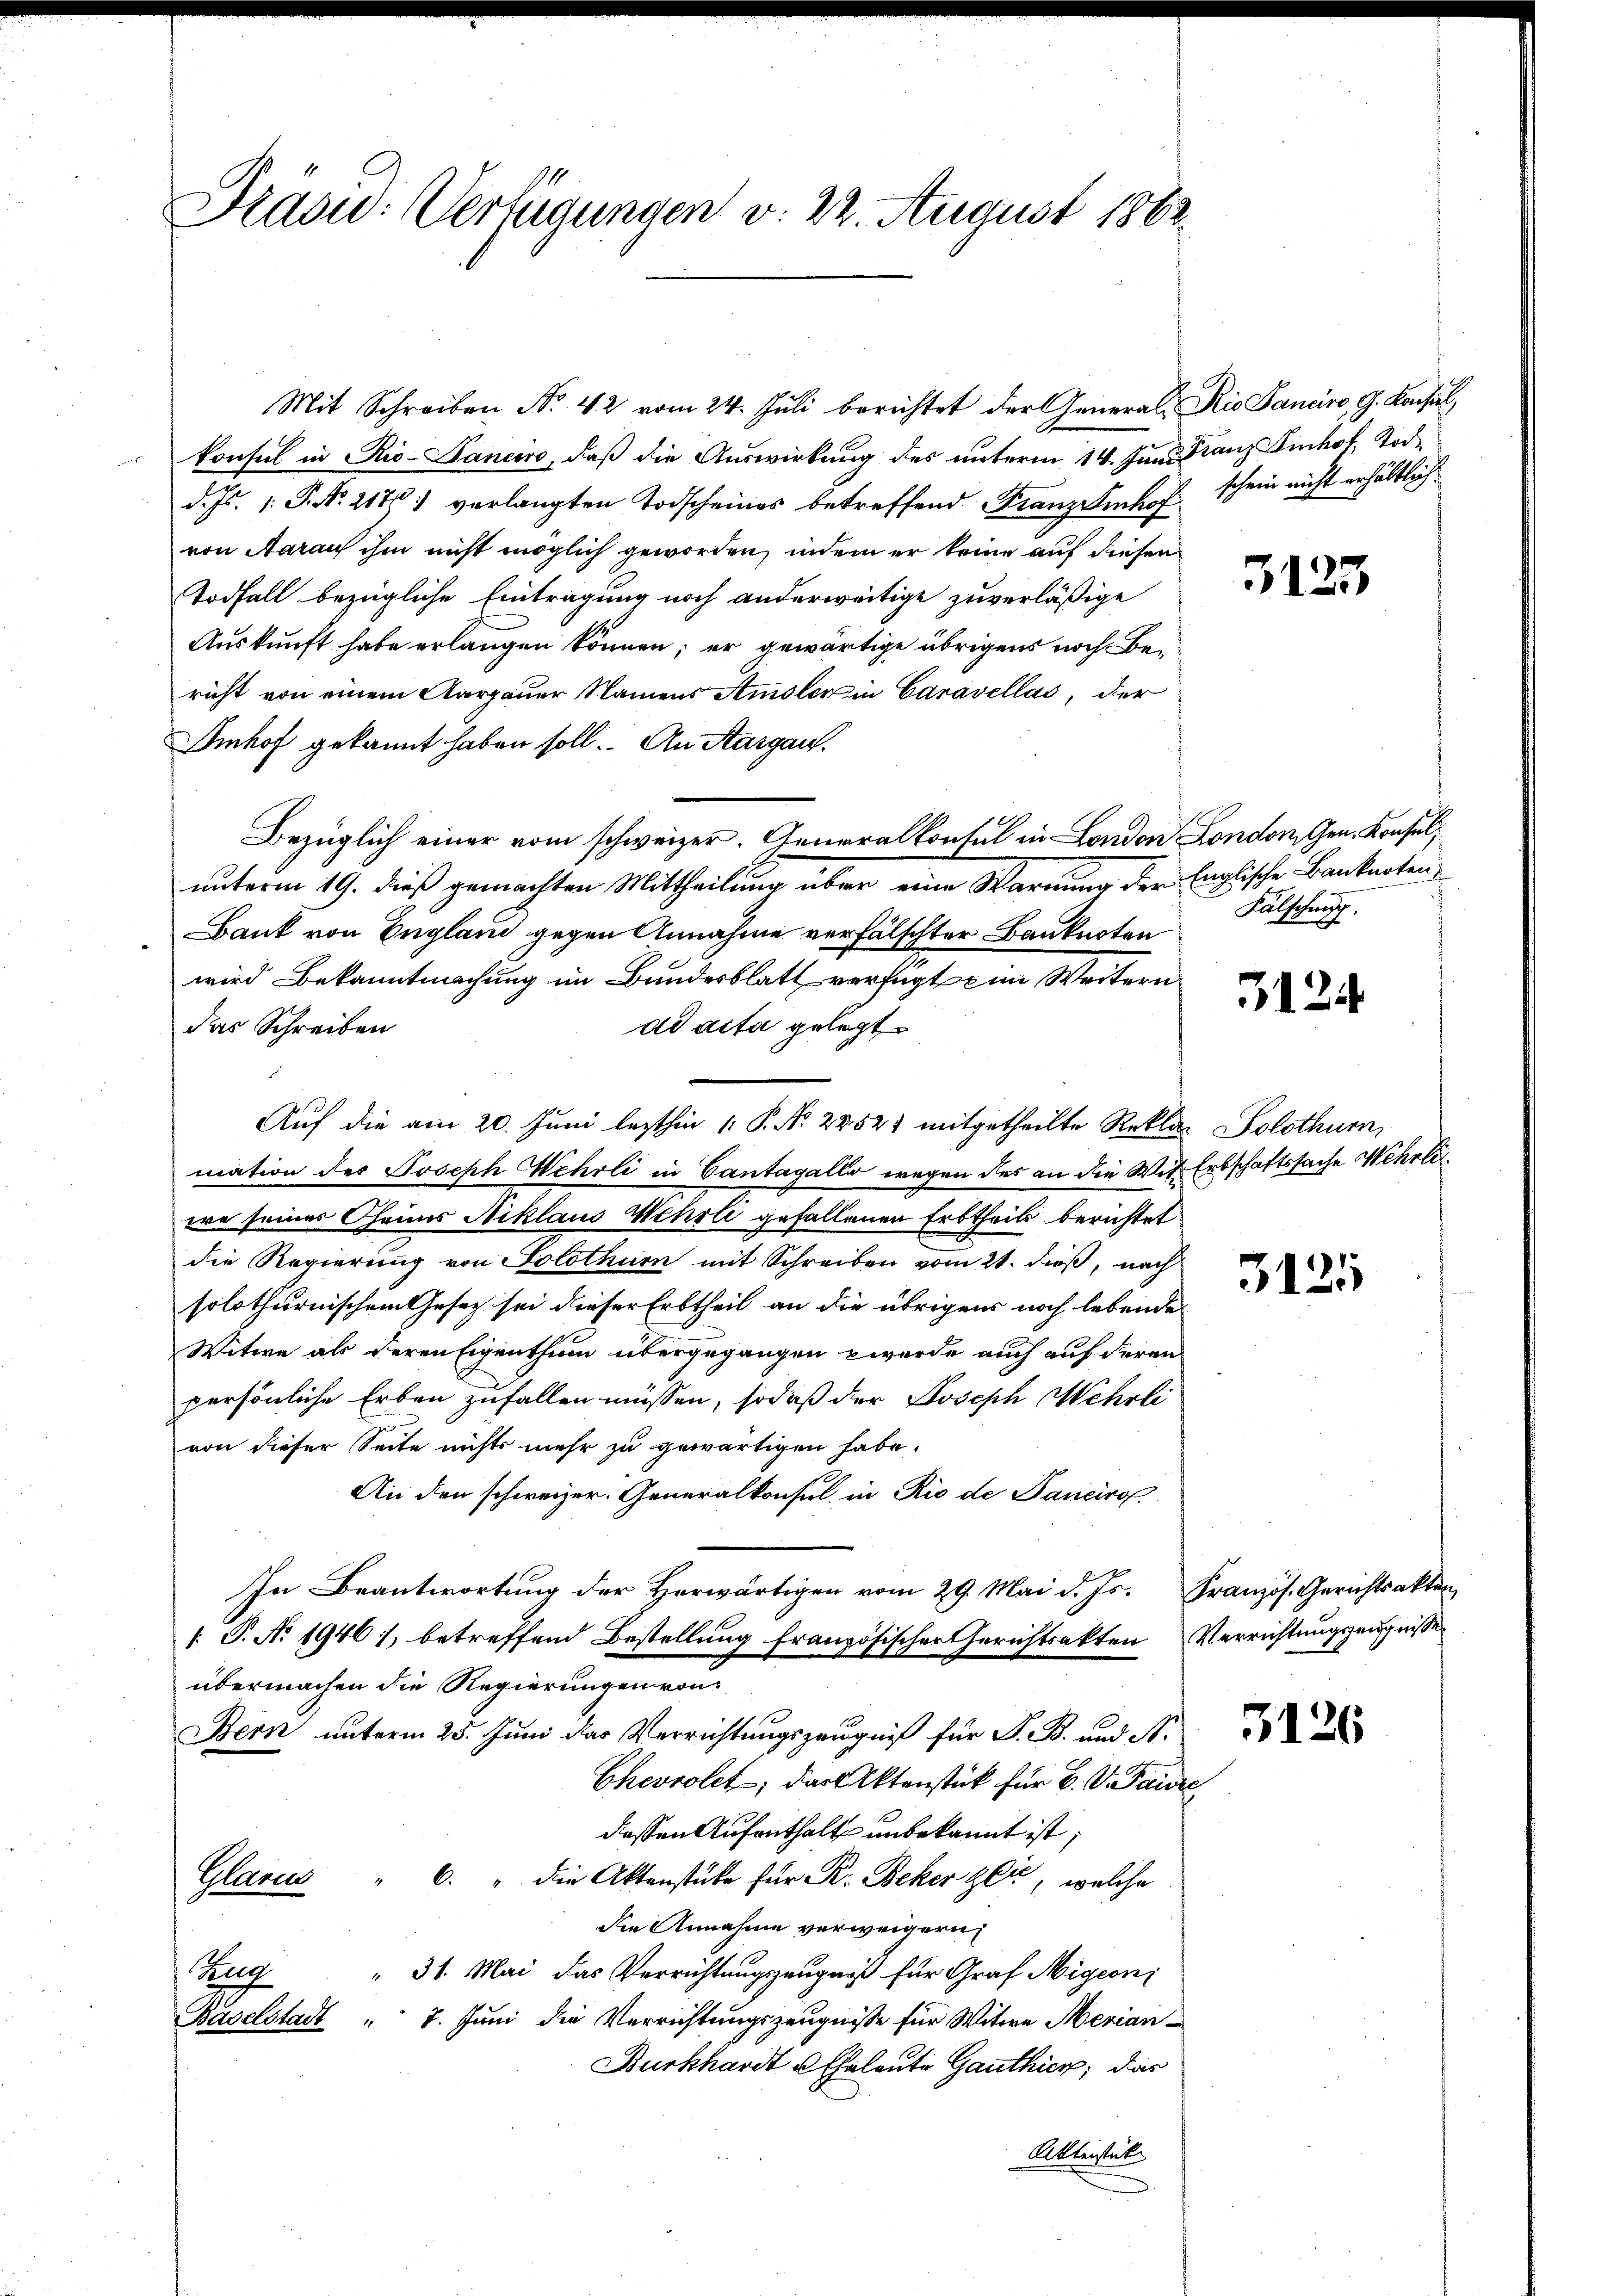
Präsid.: Verfügungen v. 22. August 1882

Mit Schreiben No. 42 vom 24. Juli berichtet der General Rio Sanaro, G. Konsul,
konsul in Rio-Panciro, daß die Auswirkung des unterm 14. Juni Kranz Imhof, Todd. Js. 1. P. Nr. 2176) verlangten Todscheines betreffend Franzenhof
von Aaraus ihm nicht möglich geworden, indem er keine auf diesen
Todfall bezügliche Eintragung noch anderweitige zuverläßige
Auskunft habe erlangen können; er gewärtige übrigens noch Bericht von einem Aargauer Namens Amsler in Caravellas, der
Imhof gekannt haben soll. An Sargau,
Bezüglich einer vom schweizer. Generalkonsul in London London, Gen. Konsel,
unterm 19. dieß gemachten Mittheilung über eine Warnung der
Bank von England gegen Annahme verfälschter Bauknoten
wird Bekanntmachung im Bundesblatt verfügt ein Weitern
dd acta gelegt
das Schreiben
Auf die am 20. Juni lezthin 1. P. Nr. 2252) mitgetheilte Reklar Solothurn,
mation des Joseph Wehrli in Cantagallo wegen des an die Mit Erbschaftssache Wehrliere seiner Cheims Niklaus Wehrli gefallenen Erbtheils berichtet
die Regierung von Solothurn mit Schreiben vom 21. dieß, nach
solothurnischem Gesetz sei dieser Erbtheil an die übrigens noch lebende
Witwe als deren Eigenthum übergegangen werde auch auf deren
persönliche Erben zufallen müssen, sodaß der Joseph Mehrli
von dieser Seite nichts mehr zu gewärtigen habe.
An den schweizer. Generalkonsul, in Rio de Pancirol.
In Beantwortung der Herwärtigen vom 29. Mai d. Js. Französ. Gerichtsakten,
 P. No 19461, betreffend Bestellung französischer Gerichtsakten Verrichtungszeugnisse
übermachen die Regierungen von
Bern unterm 25. Juni das Verrichtungszeugniß für P. B. und N.
Chevrolet, das Aktenstück für 6. V. Paure
dassen Aufenthalt unbekannt ist;
Glarus " 6. " die Aktenstüke für R. Beker zeit, welche
die Annahme verweigern
Zug " 31. Mai das Verrichtungszeugniß für Graf Migeon
Baselstadt " 7. Juni die Verrichtungszeugnisse für Witwe Merian
Burkhardt u. Eheleute Gauthier, das
Aktenstücke

schein nicht erhältlich

3125

Englische Banknoten
Fälschnis.

3124

3125

3126